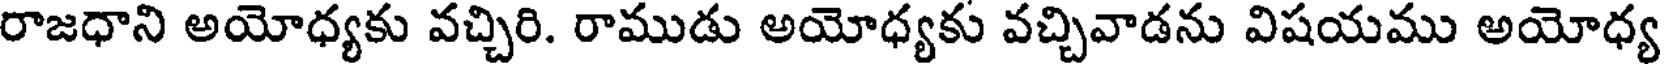
రాజధాని అయోధ్యకు వచ్చిరి. రాముడు అయోధ్యకు వచ్చివాడను విషయము అయోధ్య